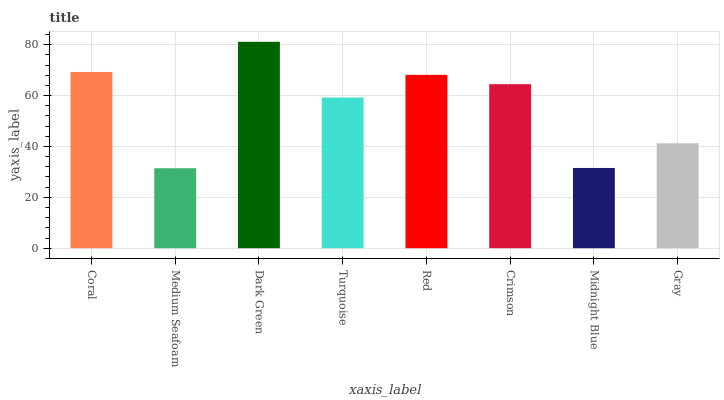
| xaxis_label | bars |
 | --- | --- |
 | Coral | 69.3 |
 | Medium Seafoam | 31.4 |
 | Dark Green | 81.2 |
 | Turquoise | 59.2 |
 | Red | 68.2 |
 | Crimson | 64.5 |
 | Midnight Blue | 31.6 |
 | Gray | 41.3 |